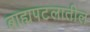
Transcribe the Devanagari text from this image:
बाह्यपटलातील